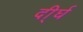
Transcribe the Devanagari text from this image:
दी्र्घ